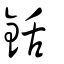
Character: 銛